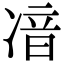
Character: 𠗥